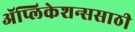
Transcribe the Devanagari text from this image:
ॲप्लिकेशन्ससाठी